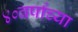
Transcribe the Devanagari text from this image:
४०वर्षांच्या